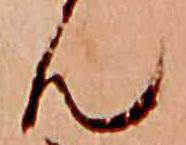
ん